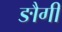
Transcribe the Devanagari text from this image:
ङौगी